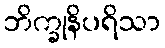
ဘိက္ခုနိပရိသာ